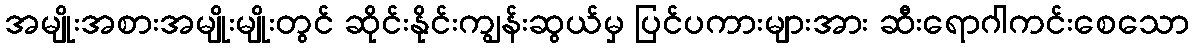
အမျိုးအစားအမျိုးမျိုးတွင် ဆိုင်းနိုင်းကျွန်းဆွယ်မှ ပြင်ပကားများအား ဆီးရောဂါကင်းစေသော